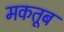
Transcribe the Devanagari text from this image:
मकतूब